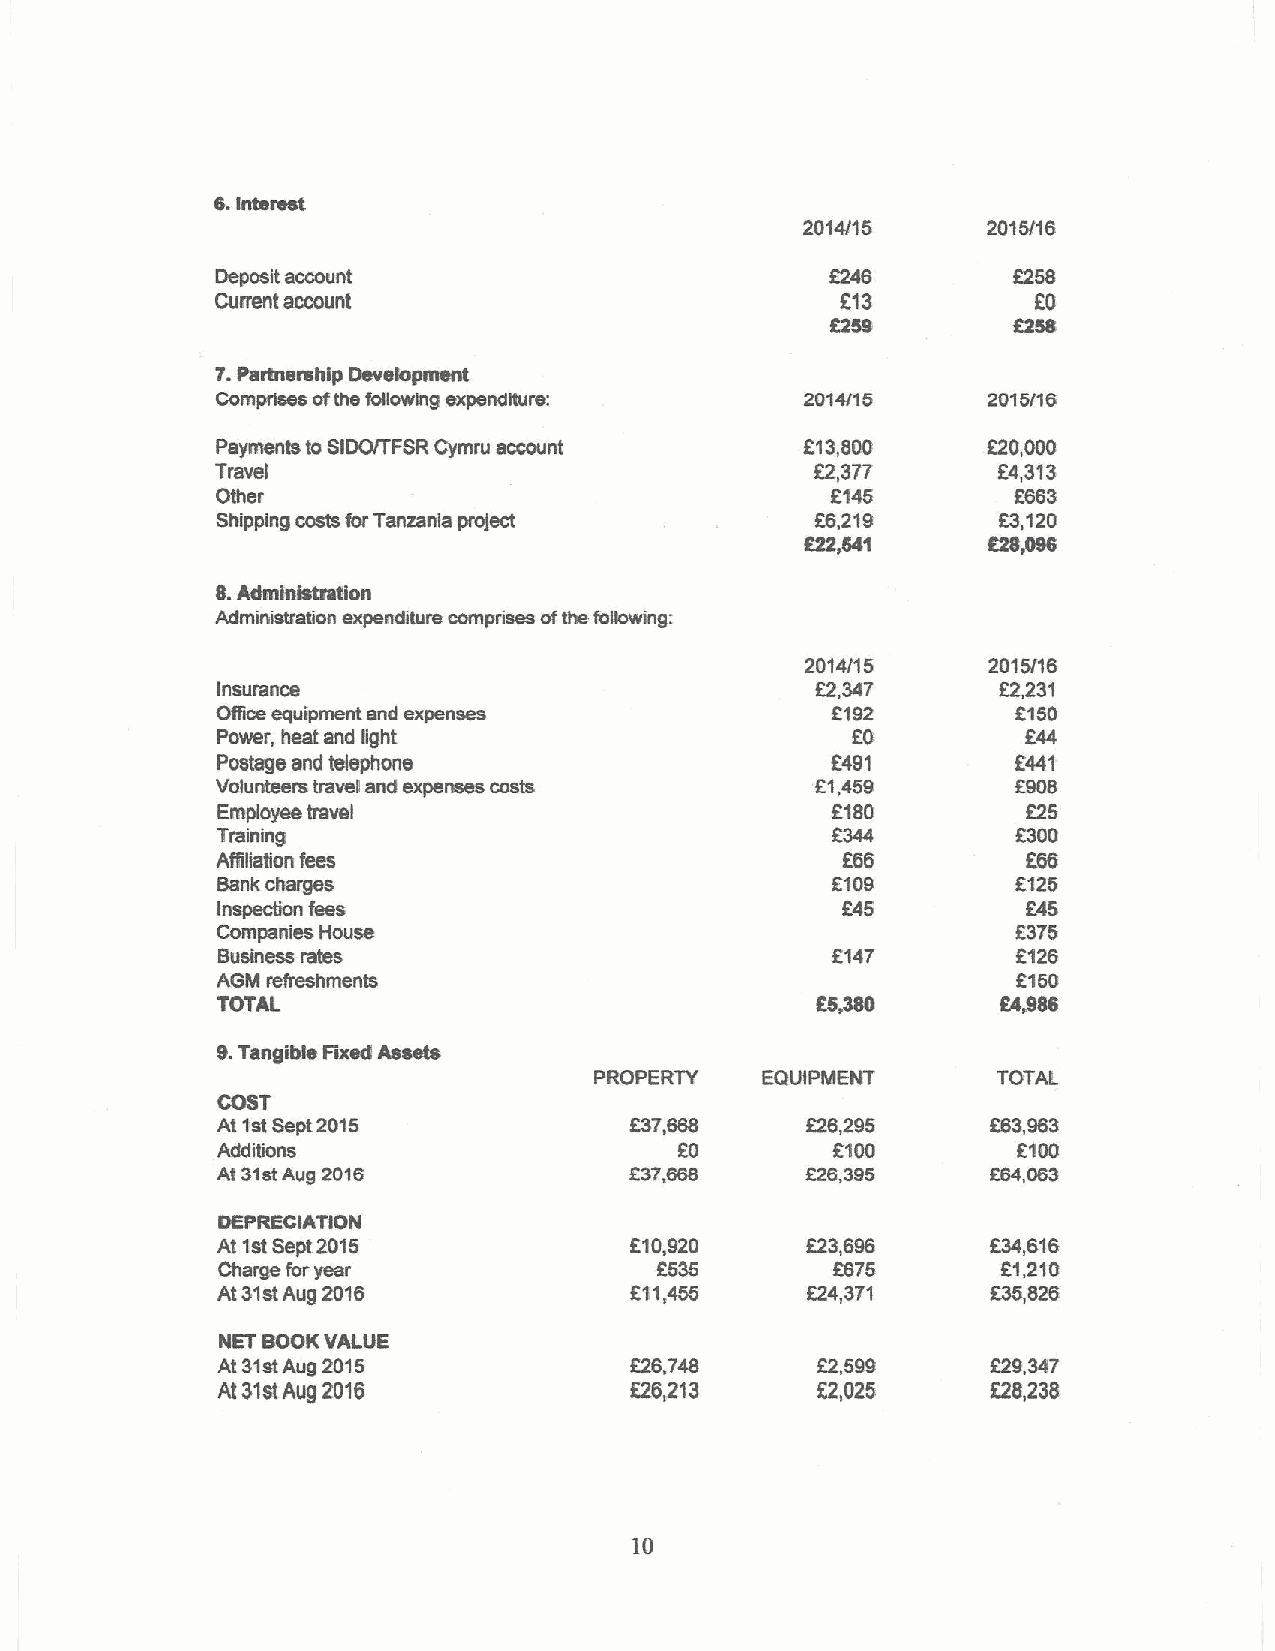
2014/15     2015/16
 Deposit account                                      8258
 Current account                                        KO
 K268
 7.Partnemhip Development
 Gomprises ofthe following expenditure: 2014/15     2015/16
 Payments to SIDO/TFSR Cymru account    K13,800     K20,000
 Travel                                  K2,377      K4,313
 Other                                    K145        K663
 Shipping cOStsfar Tanzania project      K6,219      K3,120
 828~
 K22,841
 8.Administration
 Administrsaon expenditure comprises ofthe following:
 2014/15     2015/16
 Insurance                               K2,347      K2,231
 Olde equipment end expenses              K192        K150
 Power, heat and light                     KO          K44
 Postage and telephone                    K481        K441
 Volunteers travail and expenses costs   K1,459       K908
 Employee travel                          F180         K25
 Training                                 K344        K300
 Afgllation fees                           KBS         K66
 Bank charges                             K109        K125
 Inspecbon fees                            K45         K45
 Companies House                                      K375
 Business rates                           K147        K126
 AGM refreshments                                     K150
 TOTAL                                               84888
 9.Tangible Ptxed Assets
 PROPERTY   EQUIPMENT       TOTAL
 COST
 At'ist Sept2015             K37,668    K26,295      K63,963
 AddiTions                      KO        K100        6100
 At 31stAua 2016                        K26,395      Kf/4,063
 DEPRECIATION
 At 1stSept 2015             K10,920    K23,696      K34,616
 Charge foryear               K535        K675       K1,210
 At 31stAug 2016             K11,455    K24,371      K35,828
 NET BOOKVALUE
 At 31stAug 2015             K26,748     K2,599      K29.347
 At 31st Aug 2016            K26,213     K2,025      K28,238
 10